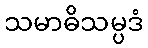
သမာဓိသမ္ပဒံ